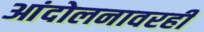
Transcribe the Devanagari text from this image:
आंदोलनावरही